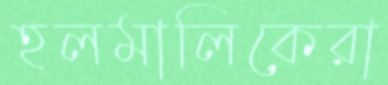
হলমালিকেরা